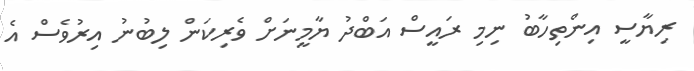
ރިޔާސީ އިންތިހާބު ނިމި ރައީސް އަބްދު ޔާމީނަށް ވެރިކަން ލިބުނު އިރުވެސް އެ